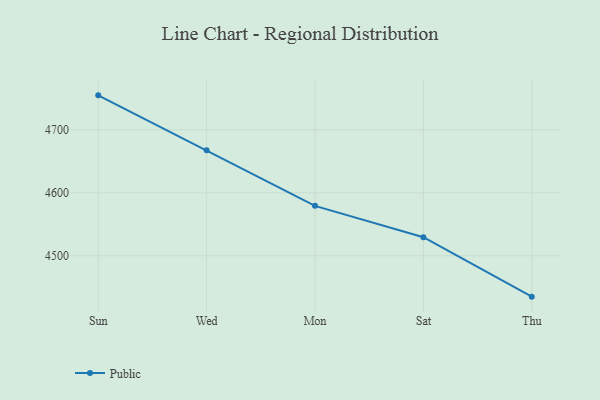
{"axis": {"x": "Day", "y": "Page Views"}, "legend": ["Public"], "data": [{"x": "Sun", "y": 4754.6, "type": "Public"}, {"x": "Wed", "y": 4667.3, "type": "Public"}, {"x": "Mon", "y": 4579.2, "type": "Public"}, {"x": "Sat", "y": 4529.5, "type": "Public"}, {"x": "Thu", "y": 4435.1, "type": "Public"}]}